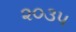
૨૦૩૫